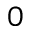
0